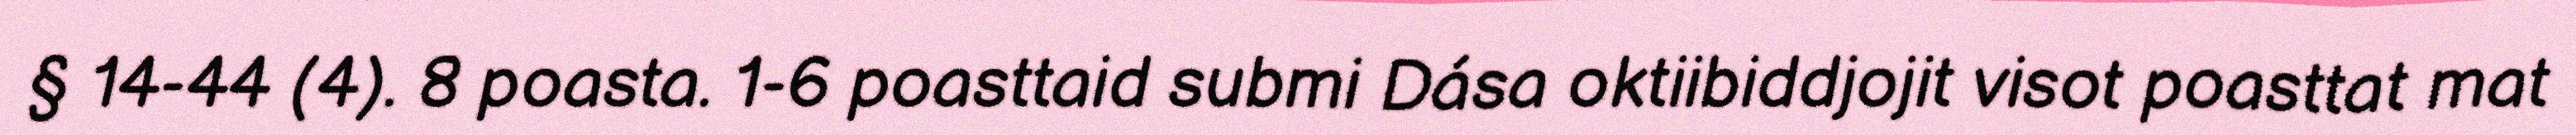
§ 14-44 (4). 8 poasta. 1-6 poasttaid submi Dása oktiibiddjojit visot poasttat mat